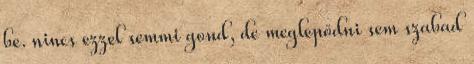
be. nincs ezzel semmi gond, de meglepődni sem szabad